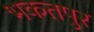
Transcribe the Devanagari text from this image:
भकतपुर